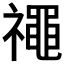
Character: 𥜐